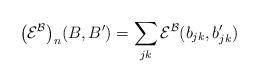
LaTeX: \begin{gather*}\big({\mathcal E}^{\mathcal B}\big)_n(B,B')=\sum\limits_{jk} {\mathcal E}^{\mathcal B}(b_{jk}, b'_{jk})\end{gather*}